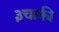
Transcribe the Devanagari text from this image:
३चाकी